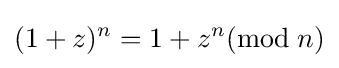
(1+z)^{n}=1+z^{n}({\mbox{mod}}\;n)